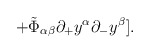
\begin{align*}\hspace{20mm} + \tilde{\Phi}_{\alpha \beta}{\partial_{+}}y^{\alpha}{\partial_{-}}y^{\beta}].\end{align*}